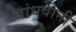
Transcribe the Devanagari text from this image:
बांधवानी